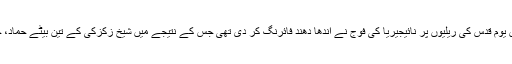
واضح رہے کہ دو ہزار چودہ میں یوم قدس کی ریلیوں پر نائیجیریا کی فوج نے اندھا دھند فائرنگ کر دی تھی جس کے نتیجے میں شیخ زکزکی کے تین بیٹے حماد، حمید اور علی شہید ہو گئے تھے۔